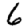
Digit: 6